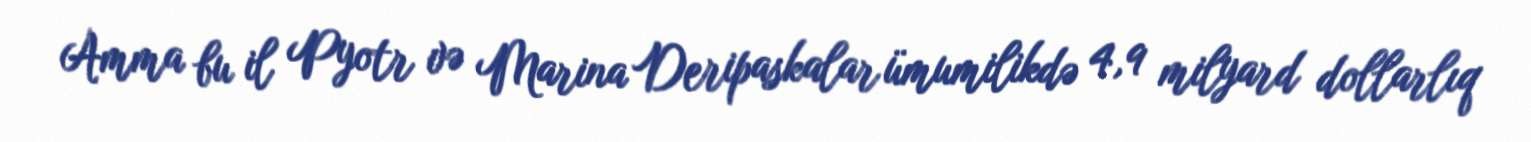
Amma bu il Pyotr və Marina Deripaskalar ümumilikdə 4,9 milyard dollarlıq